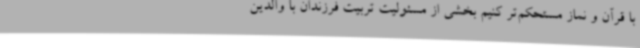
با قرآن و نماز مستحکم‌تر کنیم بخشی از مسئولیت تربیت فرزندان با والدین